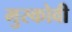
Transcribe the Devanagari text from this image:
मुस्कोवी